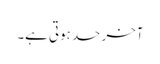
آخر حد ہوتی ہے۔